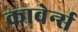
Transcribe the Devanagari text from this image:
कावेर्न्स